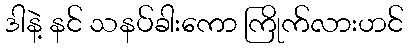
ဒါနဲ့ နင် သနပ်ခါးကော ကြိုက်လားဟင်